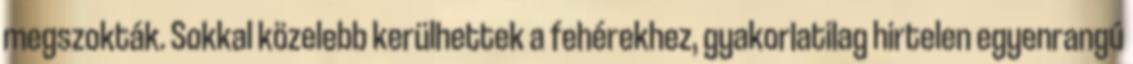
megszokták. Sokkal közelebb kerülhettek a fehérekhez, gyakorlatilag hirtelen egyenrangú